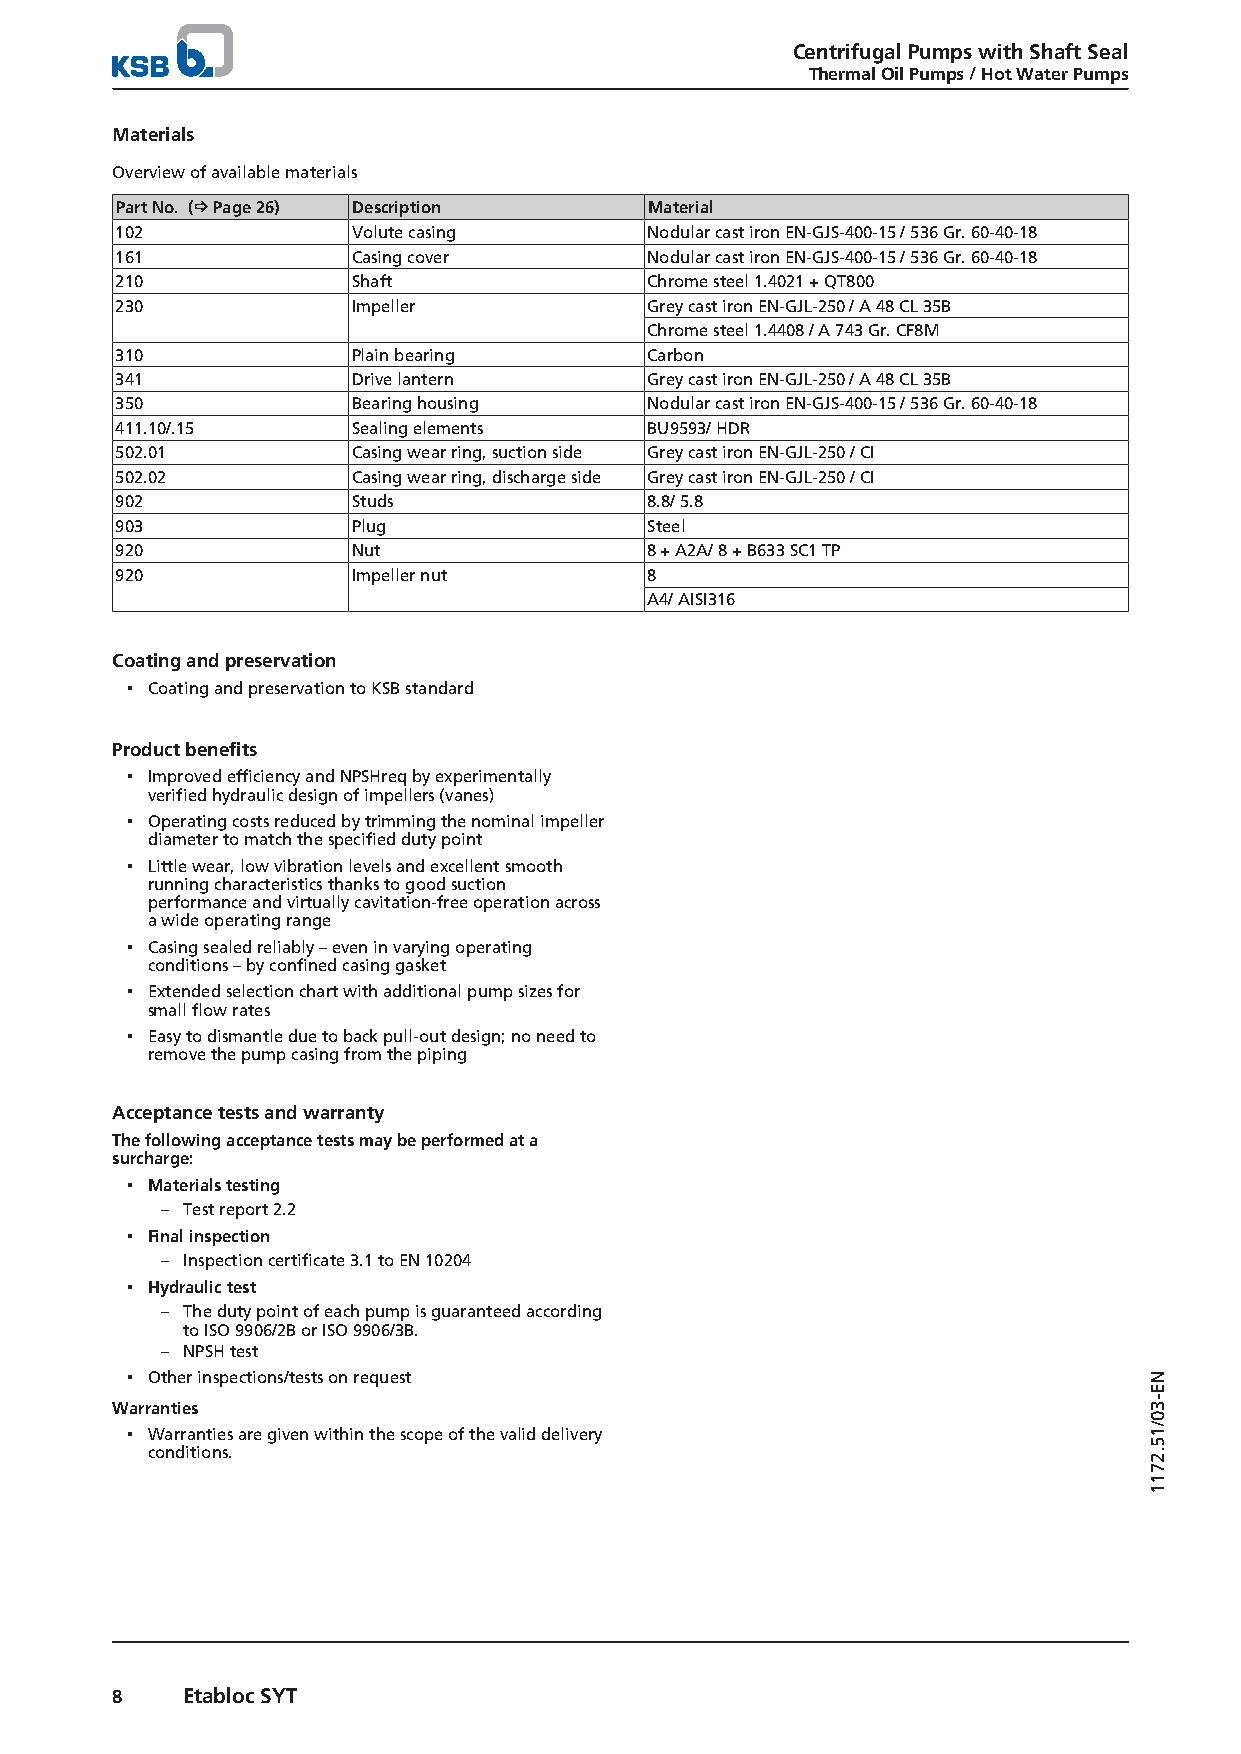
Centrifugal Pumps with Shaft Seal
 Thermal Oil Pumps / Hot Water Pumps
 Materials
 Overview of available materials
 Part No. (ð Page 26) Description   Material
 102            Volute casing       Nodular cast iron EN-GJS-400-15 / 536 Gr. 60-40-18
 161            Casing cover        Nodular cast iron EN-GJS-400-15 / 536 Gr. 60-40-18
 210            Shaft               Chrome steel 1.4021 + QT800
 230            Impeller            Grey cast iron EN-GJL-250 / A 48 CL 35B
 Chrome steel 1.4408 / A 743 Gr. CF8M
 310            Plain bearing       Carbon
 341            Drive lantern       Grey cast iron EN-GJL-250 / A 48 CL 35B
 350            Bearing housing     Nodular cast iron EN-GJS-400-15 / 536 Gr. 60-40-18
 411.10/.15     Sealing elements    BU9593/ HDR
 502.01         Casing wear ring, suction side Grey cast iron EN-GJL-250 / CI
 502.02         Casing wear ring, discharge side Grey cast iron EN-GJL-250 / CI
 902            Studs               8.8/ 5.8
 903            Plug                Steel
 920            Nut                 8 + A2A/ 8 + B633 SC1 TP
 920            Impeller nut        8
 A4/ AISI316
 Coating and preservation
 ▪ Coating and preservation to KSB standard
 Product benefits
 ▪ Improved efficiency and NPSHreq by experimentally
 verified hydraulic design of impellers (vanes)
 ▪ Operating costs reduced by trimming the nominal impeller
 diameter to match the specified duty point
 ▪ Little wear, low vibration levels and excellent smooth
 running characteristics thanks to good suction
 performance and virtually cavitation-free operation across
 a wide operating range
 ▪ Casing sealed reliably – even in varying operating
 conditions – by confined casing gasket
 ▪ Extended selection chart with additional pump sizes for
 small flow rates
 ▪ Easy to dismantle due to back pull-out design; no need to
 remove the pump casing from the piping
 Acceptance tests and warranty
 The following acceptance tests may be performed at a
 surcharge:
 ▪ Materials testing
 – Test report 2.2
 ▪ Final inspection
 – Inspection certificate 3.1 to EN 10204
 ▪ Hydraulic test
 – The duty point of each pump is guaranteed according
 to ISO 9906/2B or ISO 9906/3B.
 – NPSH test
 ▪ Other inspections/tests on request
 Warranties
 ▪ Warranties are given within the scope of the valid delivery
 conditions.
 8    Etabloc SYT
 NE-30/15.2711